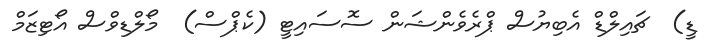
ޑީ)  ޗައިލްޑް އެބިޔުސް ޕްރެވެންޝަން ސޮސައިޓީ (ކެޕްސް)  މޯލްޑިވްސް އޯޓިޒަމް